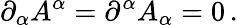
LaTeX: \partial_{\alpha}A^{\alpha}=\partial^{\alpha}A_{\alpha}=0\, .